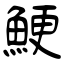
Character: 鯁